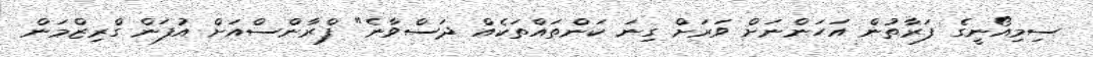
ސިމިއޯނީގެ ފަރާތުން އަހަންނަށް ވަރަށް ގިނަ ކަންތައްތަކެއް ދަސްވާނެ" ފްރާންސްއަށް އުފަން ގްރިޒްމަން